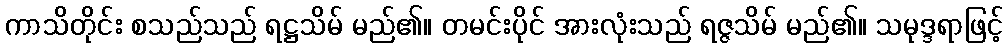
ကာသိတိုင်း စသည်သည် ရဋ္ဌသိမ် မည်၏။ တမင်းပိုင် အားလုံးသည် ရဇ္ဇသိမ် မည်၏။ သမုဒ္ဒရာဖြင့်